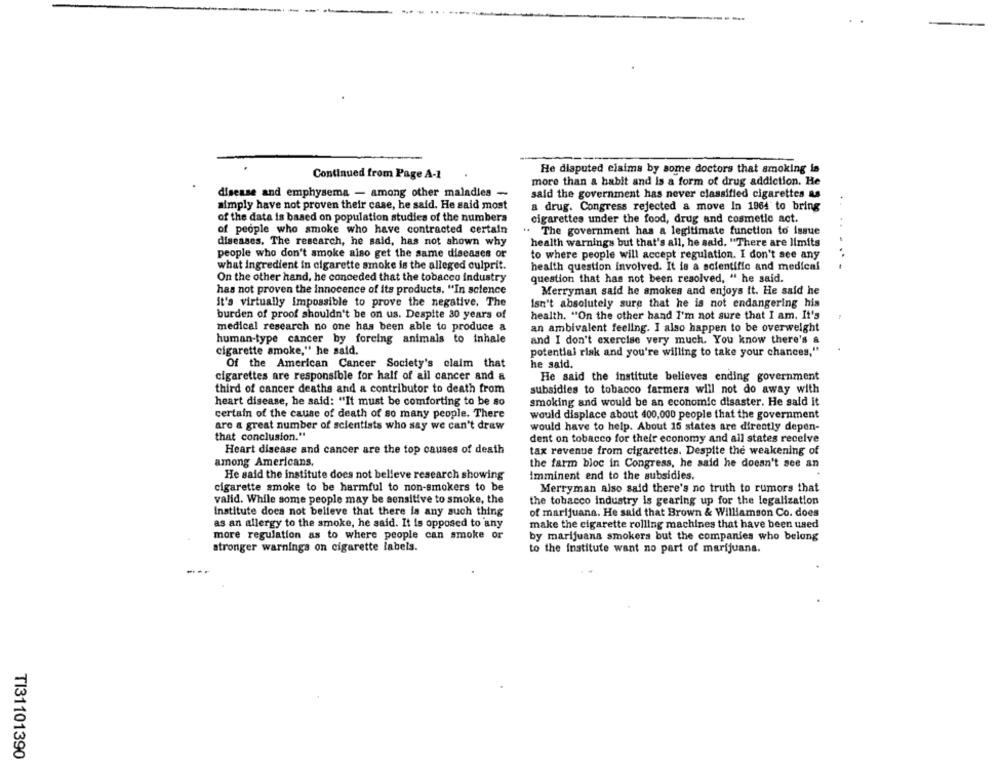
He disputed claims by some doctors that smoking is
Continued from Page A-1
more than a habit and Is a form of drug addiction. He
disease and emphysema - among other maladies -
said the government has never classified cigarettes as
aimply have not proven their case, he said. He said most
a drug. Congress rejected a move In 1964 to bring
of the data is based on population studies of the numbers
cigarettes under the food, drug and cosmetic act.
. .
of people who smoke who have contracted certain
..
The government has a legitimate function to issue
diseases, The research, he said, has not shown why
health warnings but that's all, he said. "There are limits
people who don't smoke also get the same diseases or
to where people will accept regulation. I don't see any
what ingredient in cigarette smoke is the alleged culprit.
health question involved. It is a scientific and medical
.- -
On the other hand, he conceded that the tobacco industry
question that has not been resolved, " he said.
has not proven the innocence of its products. "In solence
Merryman said he smokes and enjoys it. He said he
it's virtually impossible to prove the negative. The
Isn't absolutely sure that he is not endangering his
burden of proof shouldn't be on us. Despite 30 years of
health. "On the other hand I'm not sure that I am. It's
medical research no one has been able to produce a
an ambivalent feeling. I also happen to be overweight
human-type cancer by forcing animais to inhale
and I don't exercise very much. You know there's a
cigarette smoke," he said.
potential risk and you're willing to take your chances,"
Of the American Cancer Society's claim that
he said.
cigarettes are responsible for half of all cancer and a
He said the institute believes ending government
third of cancer deaths and a contributor to death from
subsidies to tobacco farmers will not do away with
heart disease, he said: "It must be comforting to be so
smoking and would be an economic disaster. He said it
certain of the cause of death of so many people. There
would displace about 400,000 people that the government
are a great number of scientists who say we can't draw
would have to help. About 15 states are directly depen-
that conclusion."
dent on tobacco for their economy and all states receive
Heart disease and cancer are the top causes of death
tax revenue from cigarettes. Despite the weakening of
among Americans,
the farm bloc in Congress, he said he doesn't see an
He said the institute does not belleve research showing
imminent end to the subsidies.
cigarette smoke to be harmful to non-smokers to be
Merryman also said there's no truth to rumors that
valid. While some people may be sensitive to smoke, the
the tobacco industry is gearing up for the legalization
Institute does not believe that there is any such thing
of marijuana. He said that Brown & Williamson Co. does
as an allergy to the smoke, he said. It is opposed to any
make the cigarette rolling machines that have been used
more regulation as to where people can smoke or
by marijuana smokers but the companies who belong
stronger warnings on cigarette labels.
to the institute want no part of marijuana.
TI31101390